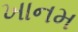
ખાનમ